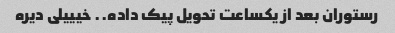
رستوران بعد از یکساعت تحویل پیک داده.. خیییلی دیره